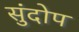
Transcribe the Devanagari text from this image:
सुंदोप